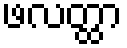
ဖလတ္ထာ